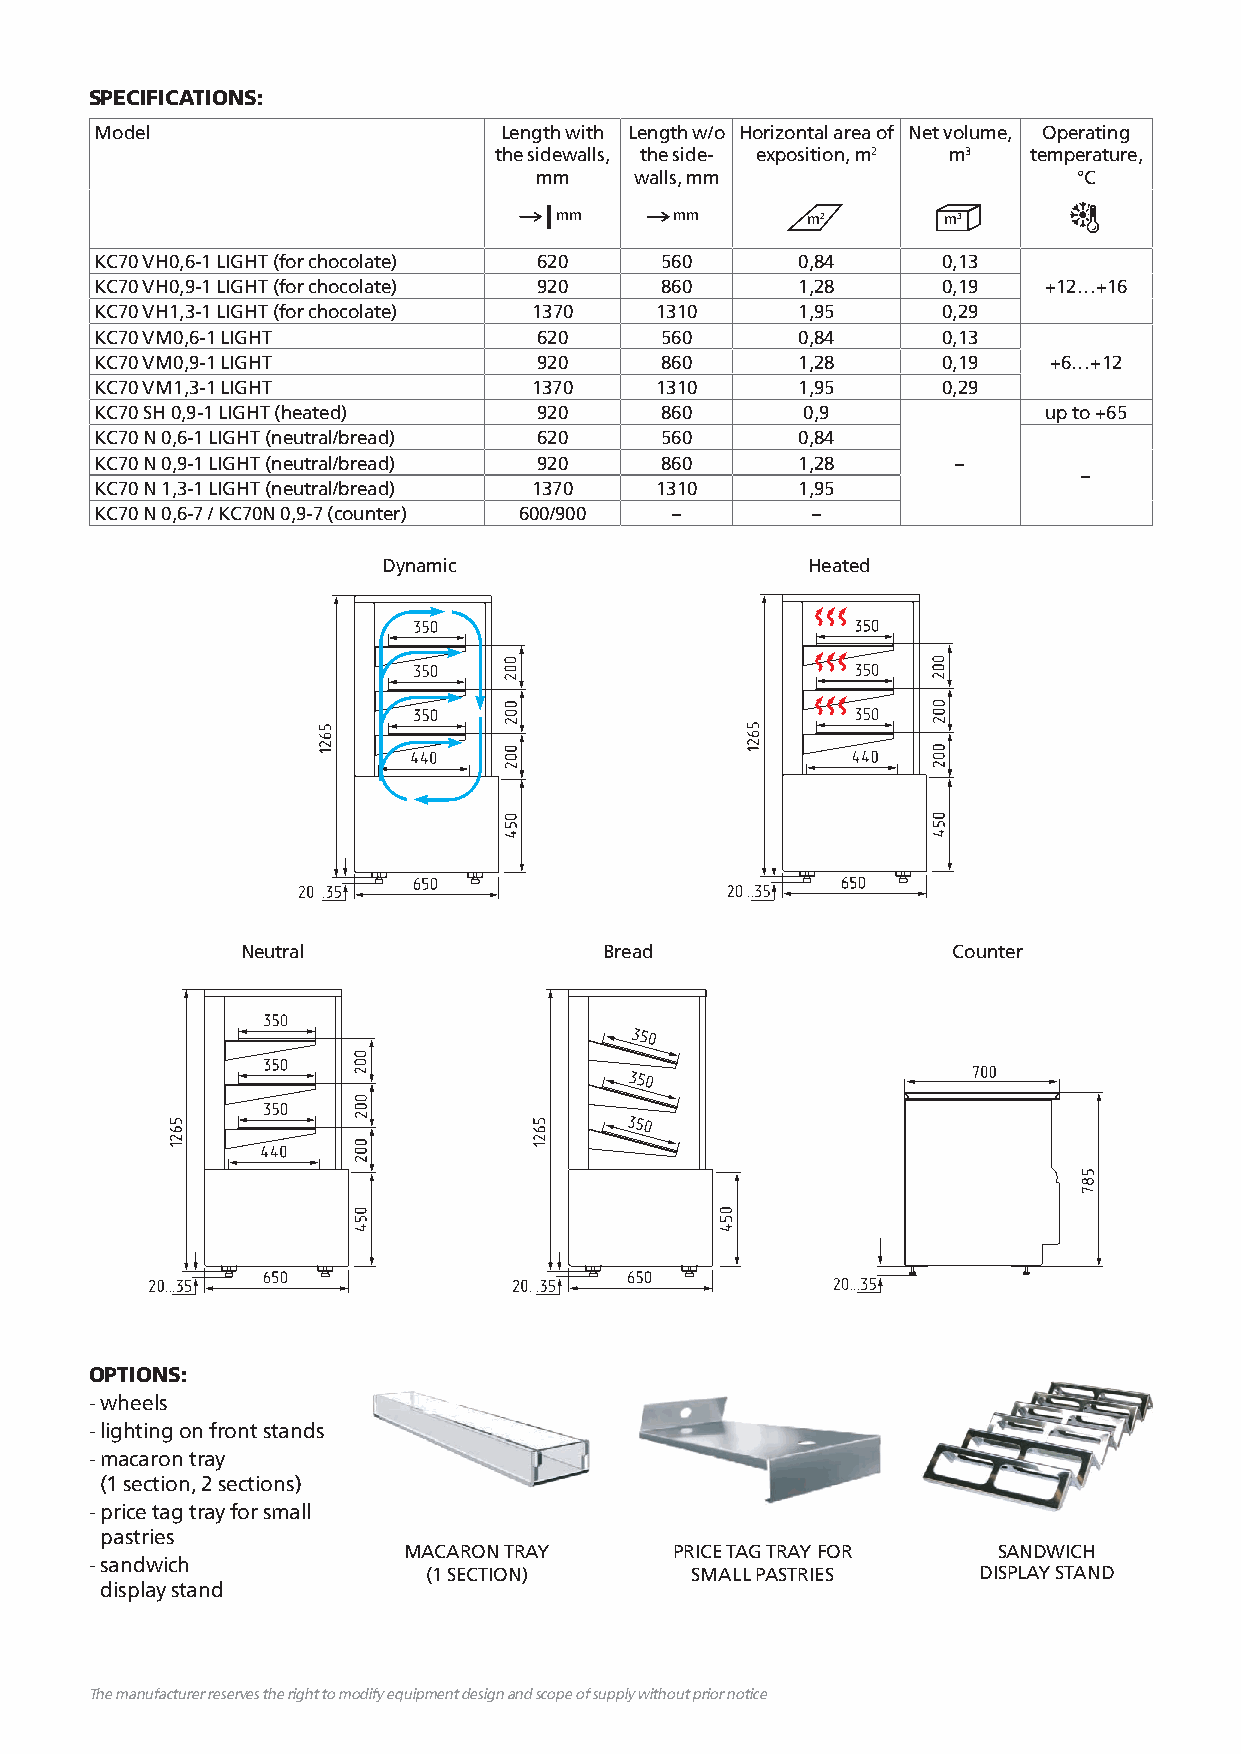
SPECIFICATIONS:
 Model                      Length with Length w/o Horizontal area of Net volume, Operating
 the sidewalls, the side- exposition, m2 m3 temperature,
 mm     walls, mm                    °С
 mm      mm      m2       m3
 КС70 VH0,6-1 LIGHT (for chocolate) 620 560     0,84     0,13
 КС70 VH0,9-1 LIGHT (for chocolate) 920 860     1,28     0,19   +12…+16
 КС70 VH1,3-1 LIGHT (for chocolate) 1370 1310   1,95     0,29
 КС70 VM0,6-1 LIGHT            620     560      0,84     0,13
 КС70 VM0,9-1 LIGHT            920     860      1,28     0,19   +6…+12
 КС70 VM1,3-1 LIGHT           1370    1310      1,95     0,29
 KC70 SH 0,9-1 LIGHT (heated)  920     860      0,9             up to +65
 KC70 N 0,6-1 LIGHT (neutral/bread) 620 560     0,84
 KC70 N 0,9-1 LIGHT (neutral/bread) 920 860     1,28      –
 –
 KC70 N 1,3-1 LIGHT (neutral/bread) 1370 1310   1,95
 KC70 N 0,6-7 / KC70N 0,9-7 (counter) 600/900 –  –
 Dynamic                     Heated
 Neutral                 Bread                  Counter
 OPTIONS:
 - wheels
 - lighting on front stands
 - macaron tray
 (1 section, 2 sections)
 - price tag tray for small
 pastries
 MACARON TRAY      PRICE TAG TRAY FOR   SANDWICH
 - sandwich
 (1 SECTION)       SMALL PASTRIES     DISPLAY STAND
 display stand
 The manufacturer reserves the right to modify equipment design and scope of supply without prior notice